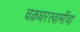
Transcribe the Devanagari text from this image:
चक्रधरस्वामींचा